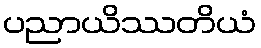
ပညာယိဿတိယံ